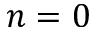
n = 0